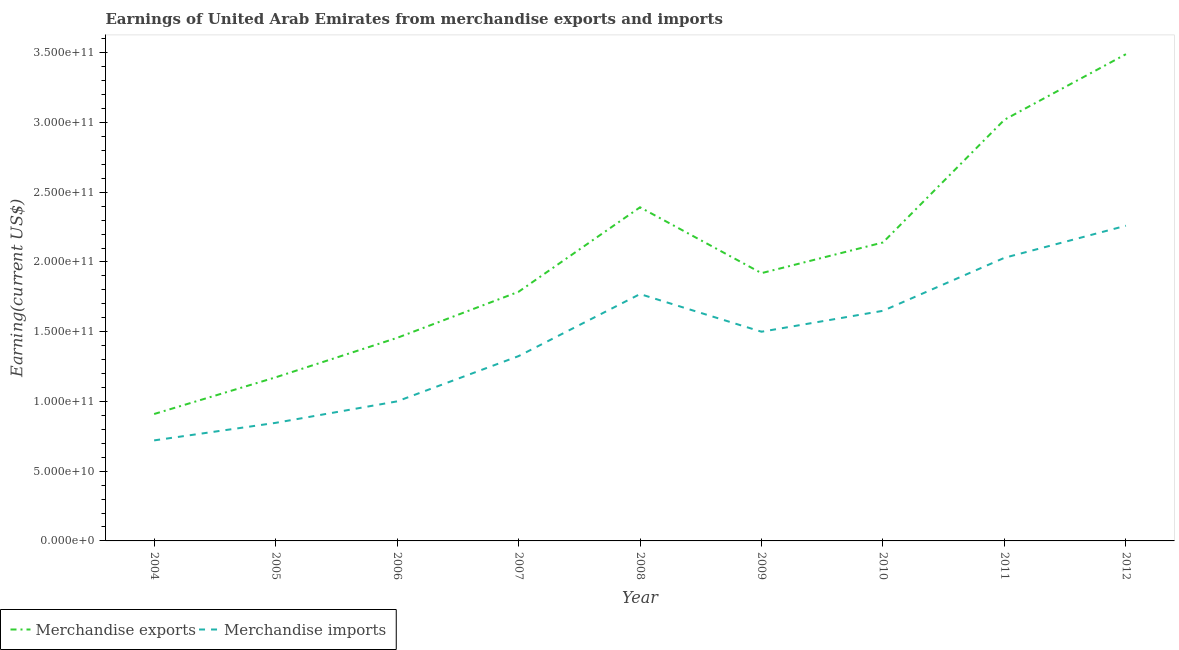
| Year | Merchandise exports | Merchandise imports |
 | --- | --- | --- |
 | 2004 | 9.1e+10 | 7.21e+10 |
 | 2005 | 1.17e+11 | 8.47e+10 |
 | 2006 | 1.46e+11 | 1e+11 |
 | 2007 | 1.79e+11 | 1.32e+11 |
 | 2008 | 2.39e+11 | 1.77e+11 |
 | 2009 | 1.92e+11 | 1.5e+11 |
 | 2010 | 2.14e+11 | 1.65e+11 |
 | 2011 | 3.02e+11 | 2.03e+11 |
 | 2012 | 3.49e+11 | 2.26e+11 |